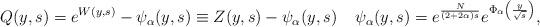
LaTeX: \begin{align*}Q(y,s) = e^{W(y,s)} - \psi_\alpha(y,s) \equiv Z(y,s) - \psi_\alpha(y,s) \;\; \;\; \psi_\alpha(y,s) = e^{\frac{N}{(2 + 2\alpha)s}}e^{\Phi_\alpha\left(\frac{y}{\sqrt{s}}\right)},\end{align*}